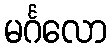
မင်္ဂလော